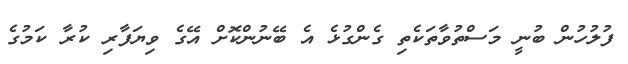
ފުލުހުން ބުނީ މަސްތުވާތަކެތި ގެންގުޅެ އެ ބޭނުންކޮށް އޭގެ ވިޔަފާރި ކުރާ ކަމުގެ